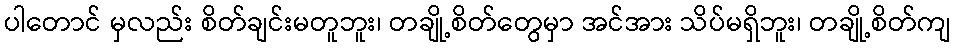
ပါတောင် မှလည်း စိတ်ချင်းမတူဘူး၊ တချို့စိတ်တွေမှာ အင်အား သိပ်မရှိဘူး၊ တချို့စိတ်ကျ